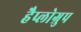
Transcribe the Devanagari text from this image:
हैप्लोग्रुप